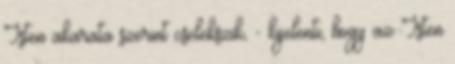
Isten akarata szerint cselekszik, - kijelenti, hogy az Isten